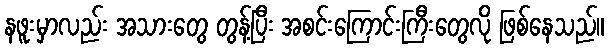
နဖူးမှာလည်း အသားတွေ တွန့်ပြီး အစင်းကြောင်းကြီးတွေလို ဖြစ်နေသည်။